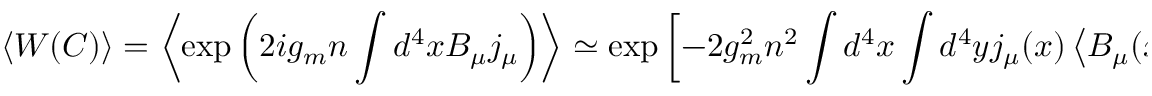
\left< W ( C ) \right> = \left< \exp \left( 2 i g _ { m } n \int d ^ { 4 } x B _ { \mu } j _ { \mu } \right) \right> \simeq \exp \left[ - 2 g _ { m } ^ { 2 } n ^ { 2 } \int d ^ { 4 } x \int d ^ { 4 } y j _ { \mu } ( x ) \left< B _ { \mu } ( x ) B _ { \nu } ( y ) \right> j _ { \nu } ( y ) \right] ,